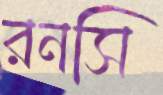
রনসি